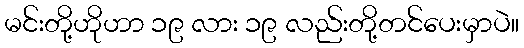
မင်းတို့ဟိုဟာ ၁၉ လား ၁၉ လည်းတို့တင်ပေးမှာပဲ။